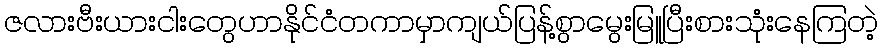
ဇလားဗီးယားငါးတွေဟာနိုင်ငံတကာမှာကျယ်ပြန့်စွာမွေးမြူပြီးစားသုံးနေကြတဲ့